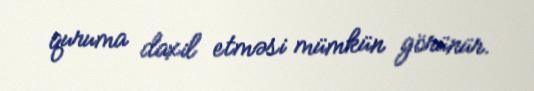
quruma daxil etməsi mümkün görünür.